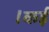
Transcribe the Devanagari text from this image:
।कई